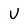
Character: U